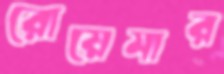
রোয়েমার